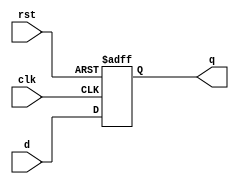
module dff_async(clk,rst,d,q);

input clk,rst,d;
output reg q;

always@(posedge clk or negedge rst)begin

if(!rst)
   q<=1'b0;
else 
q<=d;
end
endmodule



module dff_async_tb;

reg clk,rst,d;
wire q;

dff_async da(clk,rst,d,q);
always #5  clk=~clk;

initial
begin

clk=0; rst=1; d=0; 
 #5  rst=0; d=1;
#5   rst=1; d=1;
#5   rst=1; d=0;
$finish;
end
initial
begin
$monitor("clk=%0b,rst=%0b, d=%0b,q=%0b",clk, rst,d,q);
end
endmodule